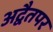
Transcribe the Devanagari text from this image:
अद्वैतपर